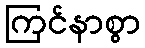
ကြင်နာစွာ